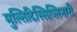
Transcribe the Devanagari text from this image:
मुल्तिदिस्सिप्लिनारी